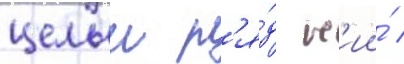
целыи р'я́д н'ии́ /